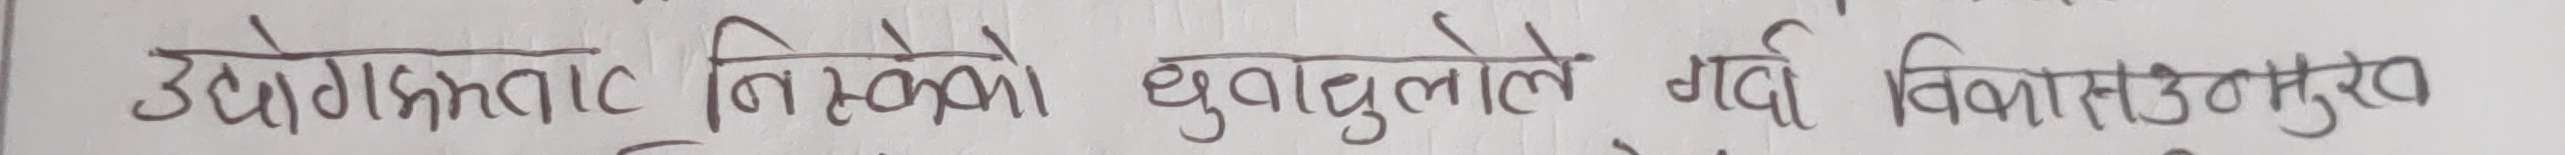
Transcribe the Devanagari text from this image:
उद्योगबाट निस्केको धुवाँधुलोले गर्दा विकासउन्मुख